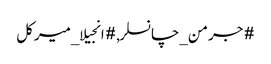
#جرمن_چانسلر, #انجیلا_میرکل